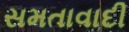
સમતાવાદી